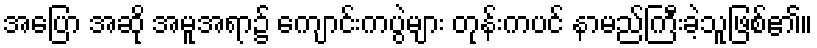
အပြော အဆို အမူအရာ၌ ကျောင်းကပွဲများ တုန်းကပင် နာမည်ကြီးခဲ့သူဖြစ်၏။